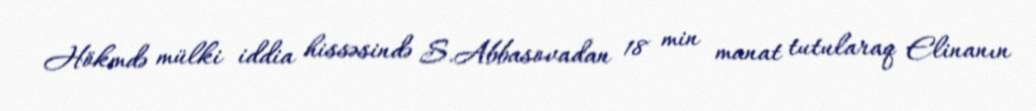
Hökmdə mülki iddia hissəsində S.Abbasovadan 18 min manat tutularaq Elinanın